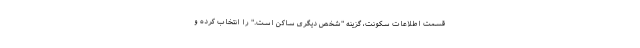
قسمت اطلاعات سکونت، گزینه "شخص دیگری ساکن است." را انتخاب کرده و